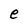
Character: e